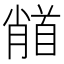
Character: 𩠦